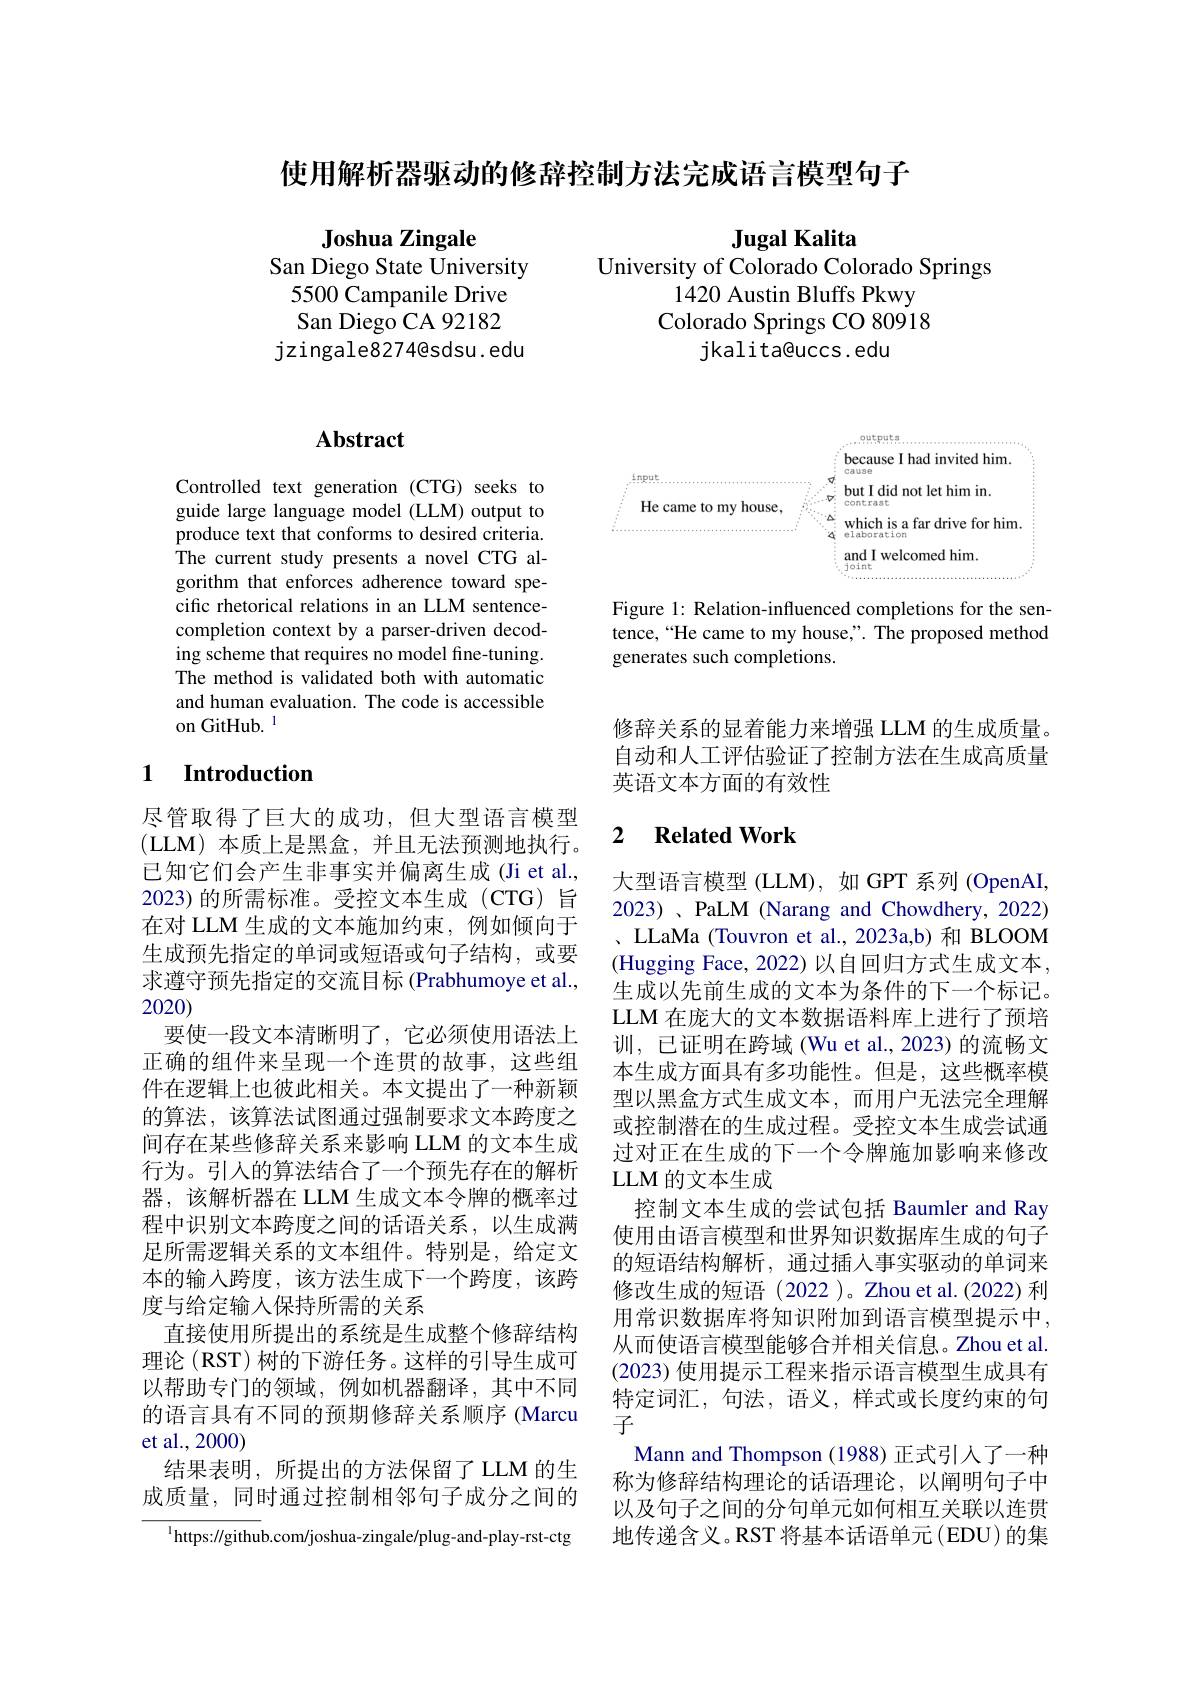
使用解析器驱动的修辞控制方法完成语言模型句子

Jugal Kalita

University of Colorado Colorado Springs

Joshua Zingale
San Diego State University
5500 Campanile Drive San Diego CA 92182
jzingale8274@sdsu. edu

1420 Austin Bluffs Pkwy

Colorado Springs CO 80918

jkalita@uccs.edu

# Abstract

Controlled text generation (CTG) seeks to guide large language model (LLM) output to produce text that conforms to desired criteria. The current study presents a novel CTG algorithm that enforces adherence toward specific rhetorical relations in an LLM sentencecompletion context by a parser-driven decoding scheme that requires no model fine-tuning. The method is validated both with automatic and human evaluation. The code is accessible on GitHub. 1

## 1 $\textbf{Introduction}$

尽管取得了巨大的成功，但大型语言模型(LLM)本质上是黑盒，并且无法预测地执行。已知它们会产生非事实并偏离生成(Ji et al., 2023)的所需标准。受控文本生成(CTG)旨在对 LLM 生成的文本施加约束，例如倾向于生成预先指定的单词或短语或句子结构，或要求遵守预先指定的交流目标 (Prabhumoye et al., 2020)
要使一段文本清晰明了，它必须使用语法上正确的组件来呈现一个连贯的故事，这些组件在逻辑上也彼此相关。本文提出了一种新颖的算法，该算法试图通过强制要求文本跨度之间存在某些修辞关系来影响 LLM 的文本生成行为。引入的算法结合了一个预先存在的解析器，该解析器在 LLM 生成文本令牌的概率过程中识别文本跨度之间的话语关系，以生成满足所需逻辑关系的文本组件。特别是，给定文本的输入跨度，该方法生成下一个跨度，该跨度与给定输入保持所需的关系
直接使用所提出的系统是生成整个修辞结构理论 (RST) 树的下游任务。这样的引导生成可以帮助专门的领域，例如机器翻译，其中不同的语言具有不同的预期修辞关系顺序 (Marcu et al.,2000)
结果表明，所提出的方法保留了LLM 的生成质量，同时通过控制相邻句子成分之间的

${^{1}\mathrm{https:}//\mathrm{githu}}$b.com/joshua-zingale/plug-and-play-rst-ctg

<FigureHere>

Figure 1: Relation-influenced completions for the sentence,“He came to my house,”. The proposed method generates such completions.

修辞关系的显着能力来增强 LLM 的生成质量自动和人工评估验证了控制方法在生成高质量英语文本方面的有效性

### 2 $\textbf{Related Work}$

大型语言模型 (LLM), 如 GPT 系列 (OpenAI, 2023) 、PaLM (Narang and Chowdhery, 2022) 、LLaMa (Touvron et al., 2023a,b) 和 BLOOM (Hugging Face, 2022)以自回归方式生成文本， 生成以先前生成的文本为条件的下一个标记。LLM 在庞大的文本数据语料库上进行了预培训，已证明在跨域 (Wu et al., 2023) 的流畅文本生成方面具有多功能性。但是，这些概率模型以黑盒方式生成文本，而用户无法完全理解或控制潜在的生成过程。受控文本生成尝试通过对正在生成的下一个令牌施加影响来修改LLM 的文本生成

控制文本生成的尝试包括 Baumler and Ray 使用由语言模型和世界知识数据库生成的句子的短语结构解析，通过插入事实驱动的单词来修改生成的短语(2022)。Zhou et al.(2022)利用常识数据库将知识附加到语言模型提示中， 从而使语言模型能够合并相关信息。Zhou et al (2023) 使用提示工程来指示语言模型生成具有特定词汇，句法，语义，样式或长度约束的句子
Mann and Thompson (1988) 正式引入了一种称为修辞结构理论的话语理论，以阐明句子中以及句子之间的分句单元如何相互关联以连贯地传递含义。RST 将基本话语单元(EDU)的集